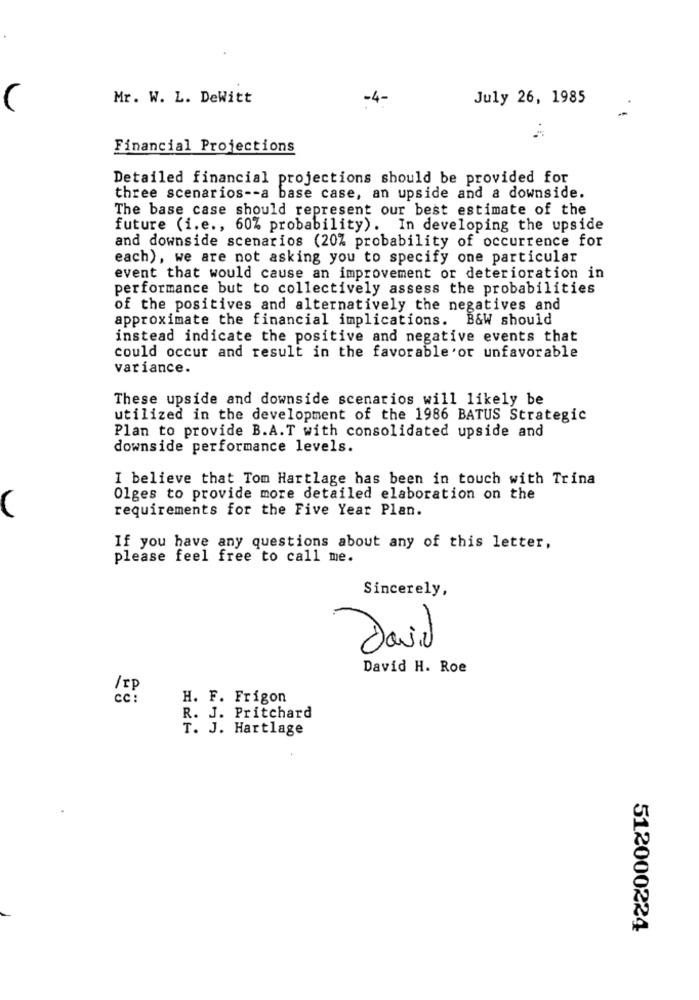
Mr. W. L. DeWitt
-4-
July 26, 1985
C
Financial Projections
Detailed financial projections should be provided for
three scenarios -- a base case, an upside and a downside.
The base case should represent our best estimate of the
future (i.e ., 60% probability). In developing the upside
and downside scenarios (20% probability of occurrence for
each), we are not asking you to specify one particular
event that would cause an improvement or deterioration in
performance but to collectively assess the probabilities
of the positives and alternatively the negatives and
approximate the financial implications.
B&W should
instead indicate the positive and negative events that
could occur and result in the favorable or unfavorable
variance.
These upside and downside scenarios will likely be
utilized in the development of the 1986 BATUS Strategic
Plan to provide B.A.T with consolidated upside and
downside performance levels.
I believe that Tom Hartlage has been in touch with Trina
Olges to provide more detailed elaboration on the
requirements for the Five Year Plan.
If you have any questions about any of this letter,
please feel free to call me.
Sincerely,
David
David H. Roe
/IP
H. F. Frigon
R. J. Pritchard
T. J. Hartlage
512000224